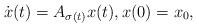
LaTeX: \begin{align*} \dot{x}(t)&=A_{\sigma(t)}x(t), x(0) =x_0,\end{align*}